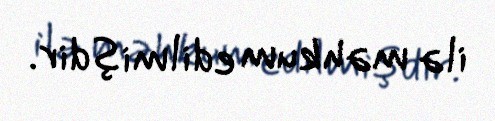
ilə məhkum edilmişdir.